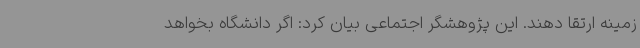
زمینه ارتقا دهند. این پژوهشگر اجتماعی بیان کرد: اگر دانشگاه بخواهد